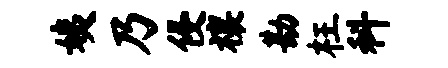
姨乃侵禳勘枉科